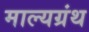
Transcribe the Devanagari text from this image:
माल्यग्रंथ